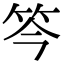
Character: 笒